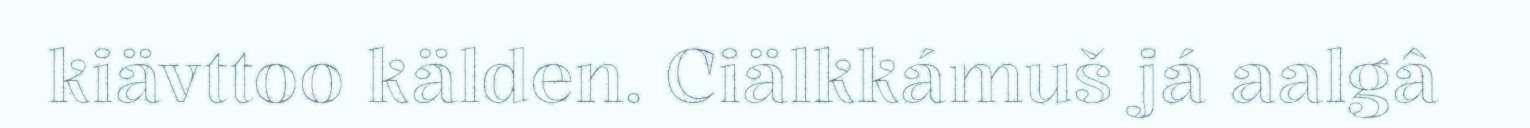
kiävttoo kälden. Ciälkkámuš já aalgâ